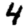
Digit: 4